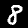
Digit: 8